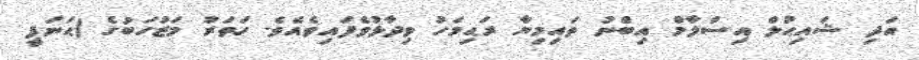
އަދި ޝައިޙުލް އިސްލާމް އިބްނު ތައިމިޔާ ރަޙިމަހު ވިދާޅުވެފައިވެއެވެ. ހަތަރު މަޒުހަބުގެ (ޙަނަފީ